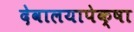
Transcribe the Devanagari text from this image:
देवालयापेक्षा